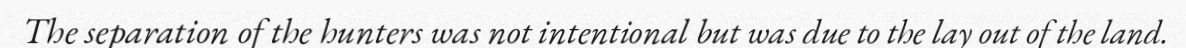
The separation of the hunters was not intentional but was due to the lay out of the land.